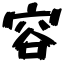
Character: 容